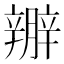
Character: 𨐱